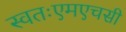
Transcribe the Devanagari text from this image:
स्वतःएमएचसी